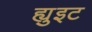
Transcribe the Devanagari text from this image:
ह्युइट